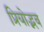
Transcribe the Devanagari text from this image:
प्रियोद्भव